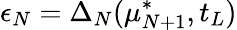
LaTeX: \epsilon_{N}=\Delta_{N}(\mu_{N+1}^{*},t_{L})